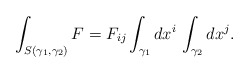
\begin{align*}\int_{S(\gamma_1,\gamma_2)} F = F_{ij} \int_{\gamma_1} dx^i \,\int_{\gamma_2} dx^j.\end{align*}